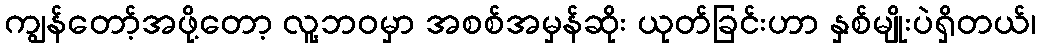
ကျွန်တော့်အဖို့တော့ လူ့ဘဝမှာ အစစ်အမှန်ဆိုး ယုတ်ခြင်းဟာ နှစ်မျိုးပဲရှိတယ်၊